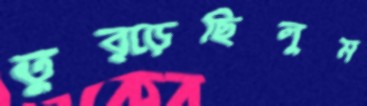
তুব্‌ড়েছিলুম